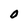
Character: 0